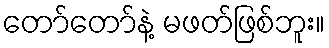
တော်တော်နဲ့ မဖတ်ဖြစ်ဘူး။